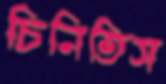
চিনিতিস